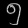
Digit: ၅